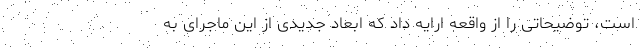
است، توضیحاتی را از واقعه ارایه داد که ابعاد جدیدی از این ماجرای به